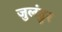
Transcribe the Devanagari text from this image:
जुलंडुर